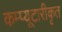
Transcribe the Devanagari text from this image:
कम्प्यूटारीकृत